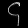
Digit: ၄